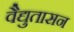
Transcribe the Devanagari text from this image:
वैद्युतासन